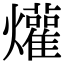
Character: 爟